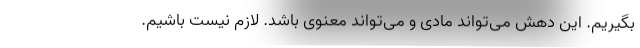
بگیریم. این دهش می‌تواند مادی و می‌تواند معنوی باشد. لازم نیست باشیم.